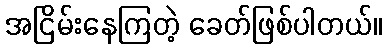
အငြိမ်းနေကြတဲ့ ခေတ်ဖြစ်ပါတယ်။